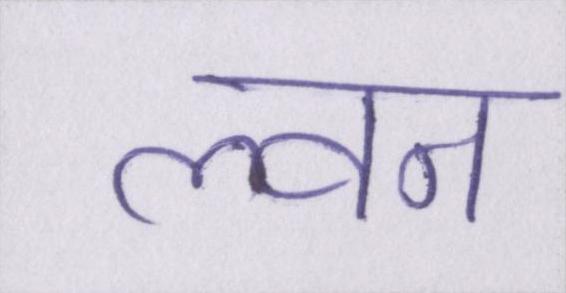
ल्वन